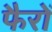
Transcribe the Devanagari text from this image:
फैरों